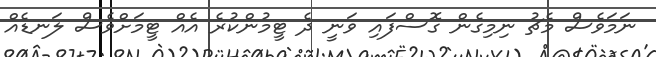
ނަމަވެސް މެޗު ނިމިގެން ގޮސްފައި ވަނީ ދެ ޓީމުންކުރެ އެއް ޓީމަށްވެސް ލަނޑެއް